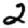
Digit: 2